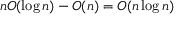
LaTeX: n O ( \log n ) - O ( n ) = O ( n \log n )